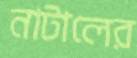
নাটালের